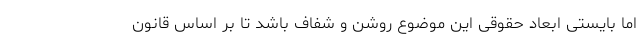
اما بایستی ابعاد حقوقی این موضوع روشن و شفاف باشد تا بر اساس قانون